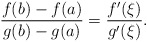
\begin{align*}\frac{f(b)-f(a)}{g(b)-g(a)}=\frac{f'(\xi)}{g'(\xi)}.\end{align*}